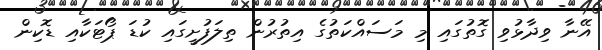
އޭނާ ވިދާޅުވި ގޮތުގައި މި މަސައްކަތުގެ އިތުރުން ތިލަފުށީގައި ކުޑަ ޕޯޓަކާއި ޑޮކިން